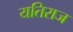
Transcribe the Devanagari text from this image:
यतिराज